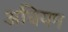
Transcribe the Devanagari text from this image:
अधियम